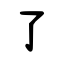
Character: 了